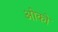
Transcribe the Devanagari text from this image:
ओको